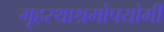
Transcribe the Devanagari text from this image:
गृहस्थाश्रमोपयोगी